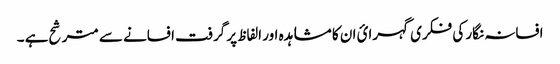
افسانہ نگار کی فکری گہرائ ان کا مشاہدہ اور الفاظ پر گرفت افسانے سے مترشح ہے ۔